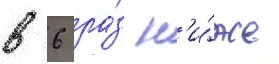
в 6 ра́з н'и́же